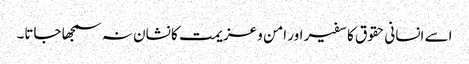
اسے انسانی حقوق کا سفیر اور امن و عزیمت کا نشان نہ سمجھا جاتا۔